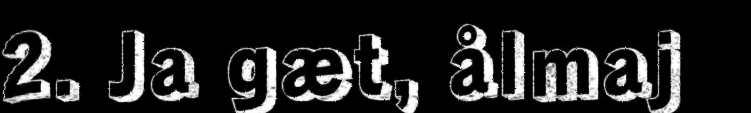
2. Ja gæt, ålmaj